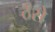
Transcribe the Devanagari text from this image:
ठँसे